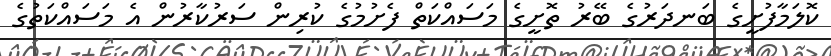
ކޮލަމާފުށީގެ ބަނދަރުގެ ބޭރު ތޮށީގެ މަސައްކަތް ފެށުމުގެ ކުރިން ސަރުކާރުން އެ މަސައްކަތުގެ